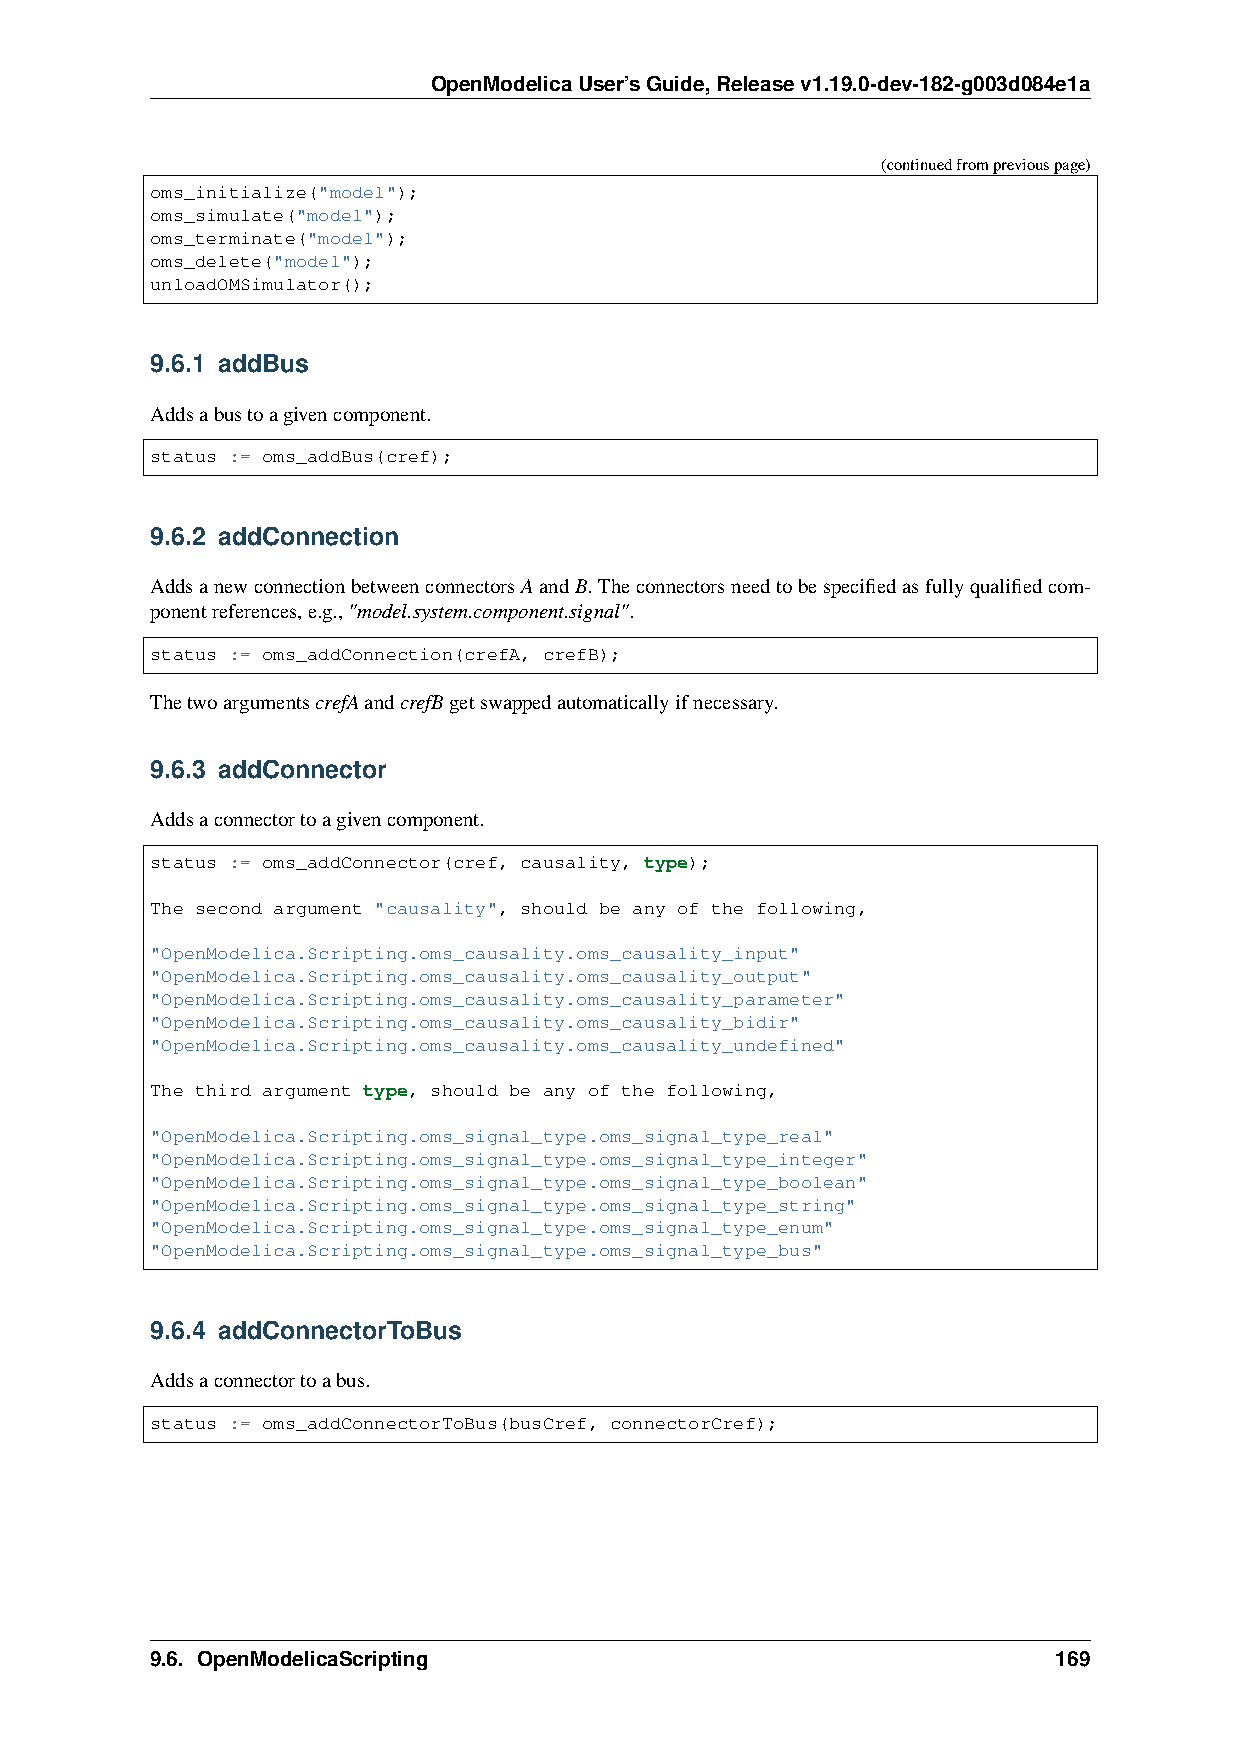
OpenModelicaUser’sGuide,Releasev1.19.0-dev-182-g003d084e1a
 (continuedfrompreviouspage)
 oms_initialize("model");
 oms_simulate("model");
 oms_terminate("model");
 oms_delete("model");
 unloadOMSimulator();
 9.6.1 addBus
 Addsabustoagivencomponent.
 status := oms_addBus(cref);
 9.6.2 addConnection
 AddsanewconnectionbetweenconnectorsAandB.Theconnectorsneedtobespecifiedasfullyqualifiedcom-
 ponentreferences,e.g.,"model.system.component.signal".
 status := oms_addConnection(crefA, crefB);
 ThetwoargumentscrefAandcrefBgetswappedautomaticallyifnecessary.
 9.6.3 addConnector
 Addsaconnectortoagivencomponent.
 status := oms_addConnector(cref, causality, type);
 The second argument "causality", should be any of the following,
 "OpenModelica.Scripting.oms_causality.oms_causality_input"
 "OpenModelica.Scripting.oms_causality.oms_causality_output"
 "OpenModelica.Scripting.oms_causality.oms_causality_parameter"
 "OpenModelica.Scripting.oms_causality.oms_causality_bidir"
 "OpenModelica.Scripting.oms_causality.oms_causality_undefined"
 The third argument type, should be any of the following,
 "OpenModelica.Scripting.oms_signal_type.oms_signal_type_real"
 "OpenModelica.Scripting.oms_signal_type.oms_signal_type_integer"
 "OpenModelica.Scripting.oms_signal_type.oms_signal_type_boolean"
 "OpenModelica.Scripting.oms_signal_type.oms_signal_type_string"
 "OpenModelica.Scripting.oms_signal_type.oms_signal_type_enum"
 "OpenModelica.Scripting.oms_signal_type.oms_signal_type_bus"
 9.6.4 addConnectorToBus
 Addsaconnectortoabus.
 status := oms_addConnectorToBus(busCref, connectorCref);
 9.6. OpenModelicaScripting                                  169